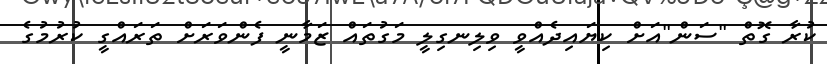
ކުރާ ގޮތް "ސަން"އަށް ކިޔައިދެއްވީ ވިލިނގިލީ މަގުތައް ޒަމާނީ ފެންވަރަށް ތަރައްގީ ކުރުމުގެ